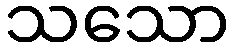
သသော